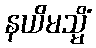
နယိမသ္မိံ